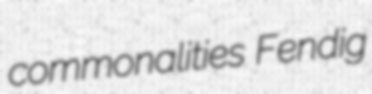
commonalities Fendig